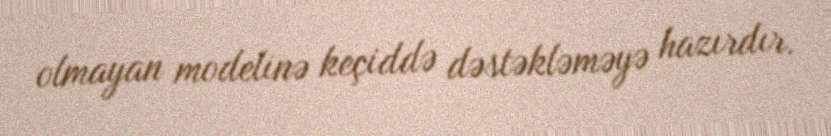
olmayan modelinə keçiddə dəstəkləməyə hazırdır.